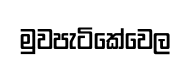
මුවපැටිකේවෙල